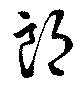
郎